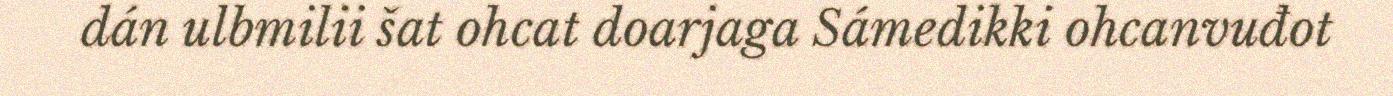
dán ulbmilii šat ohcat doarjaga Sámedikki ohcanvuđot